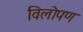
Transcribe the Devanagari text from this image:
विलोपण